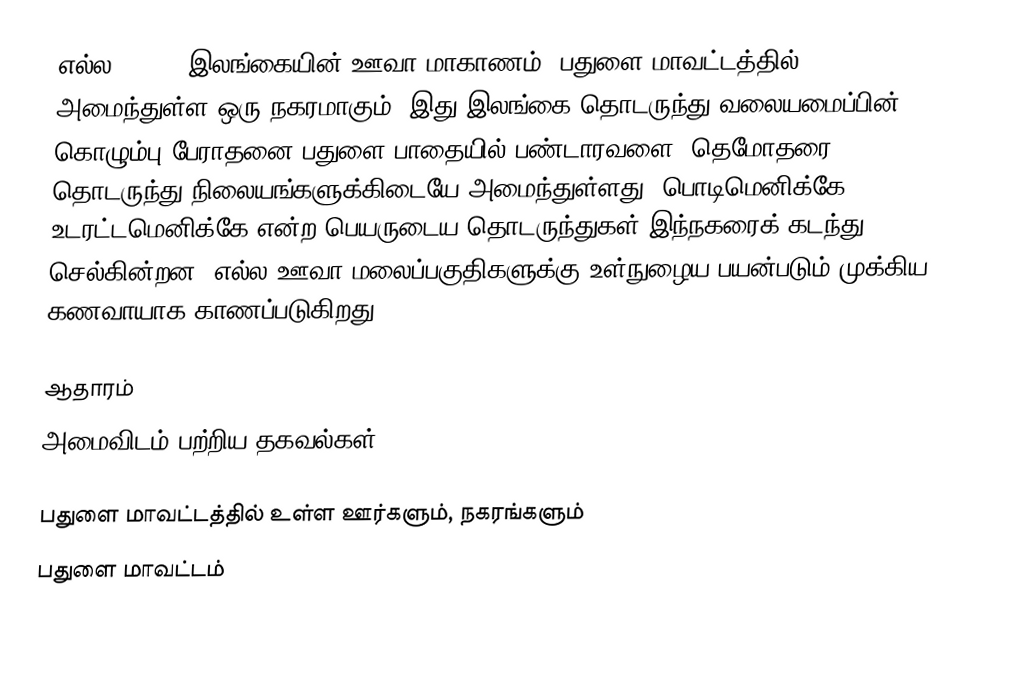
எல்ல (Ella) இலங்கையின்  ஊவா மாகாணம், பதுளை மாவட்டத்தில் அமைந்துள்ள ஒரு நகரமாகும். இது இலங்கை தொடருந்து வலையமைப்பின் கொழும்பு-பேராதனை-பதுளை பாதையில் பண்டாரவளை, தெமோதரை தொடருந்து நிலையங்களுக்கிடையே அமைந்துள்ளது. பொடிமெனிக்கே, உடரட்டமெனிக்கே என்ற பெயருடைய தொடருந்துகள் இந்நகரைக் கடந்து செல்கின்றன. எல்ல ஊவா மலைப்பகுதிகளுக்கு உள்நுழைய பயன்படும் முக்கிய கணவாயாக காணப்படுகிறது.

ஆதாரம்
அமைவிடம் பற்றிய தகவல்கள்

பதுளை மாவட்டத்தில் உள்ள ஊர்களும், நகரங்களும்
பதுளை மாவட்டம்